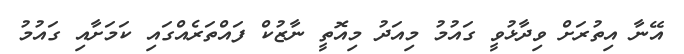
އޭނާ އިތުރަށް ވިދާޅުވީ ގައުމު މިއަދު މިއޮތީ ނާޒުކް ފައްތަރެއްގައި ކަމަށާއި ގައުމު